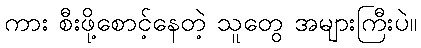
ကား စီးဖို့စောင့်နေတဲ့ သူတွေ အများကြီးပဲ။